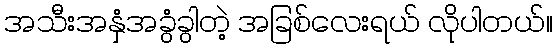
အသီးအနှံအခွံခွါတဲ့ အခြစ်လေးရယ် လိုပါတယ်။